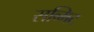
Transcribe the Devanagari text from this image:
सब्मिट